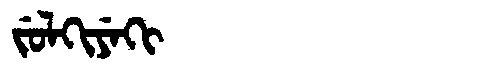
Manchu: ᠵᡠᠯᡴᡳᠶᡝᡴᡳ
Romanization: JULKIYEKI